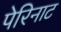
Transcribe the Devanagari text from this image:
पेरिनाट